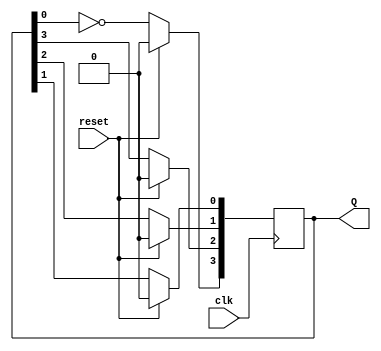
module JohnsonCounter (
    input wire clk,         // Clock input
    input wire reset,       // Synchronous reset input
    output reg [3:0] Q      // 4-bit output representing the counter state
);

// Sequential logic for the Johnson counter
always @(posedge clk) begin
    if (reset) begin
        Q <= 4'b0000;      // Reset the counter to 0000
    end else begin
        // Johnson counter state transition
        Q[3] <= ~Q[0];     // D0 takes the inverted output of Q3
        Q[2] <= Q[3];      // D1 takes the output of Q2
        Q[1] <= Q[2];      // D2 takes the output of Q1
        Q[0] <= Q[1];      // D3 takes the output of Q0
    end
end

endmodule